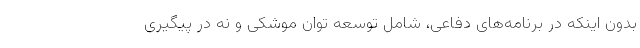
بدون اینکه در برنامه‌های دفاعی، شامل توسعه توان موشکی و نه در پیگیری